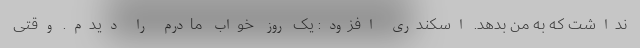
نداشت که به من بدهد. اسکندری افزود: یک روز خواب مادرم را دیدم. وقتی